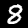
Digit: 8